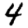
Digit: 4